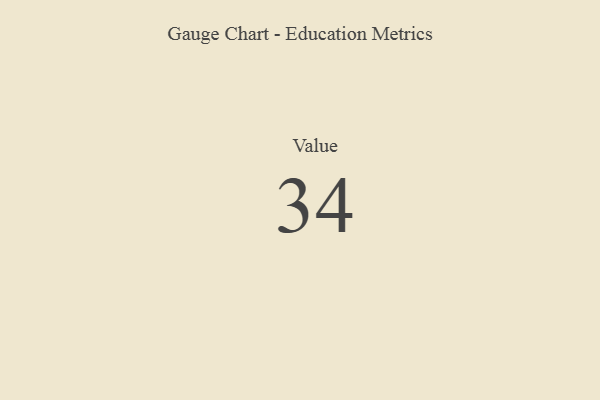
{"axis": {"x": "Metric", "y": "Value"}, "legend": [""], "data": [{"x": "Value", "y": 34, "type": ""}]}